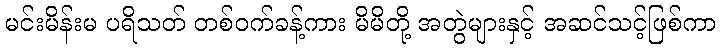
မင်းမိန်းမ ပရိသတ် တစ်ဝက်ခန့်ကား မိမိတို့ အတွဲများနှင့် အဆင်သင့်ဖြစ်ကာ